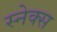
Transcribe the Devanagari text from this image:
स्नेक्स